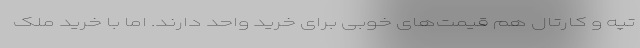
تپه و کارتال هم قیمت‌های خوبی برای خرید واحد دارند. اما با خرید ملک